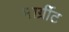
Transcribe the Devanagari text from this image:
मार्ग्रीट